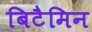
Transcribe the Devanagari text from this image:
बिटैमिन